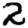
Digit: 2